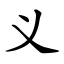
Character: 义